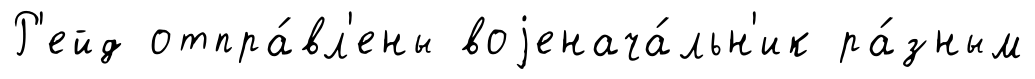
Р'ейд отпра́вл'ены воjенача́льн'ик ра́зным